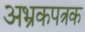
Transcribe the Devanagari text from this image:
अभ्रकपत्रक